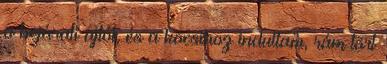
a bejárati ajtót, és a kocsihoz indultam, rám tört